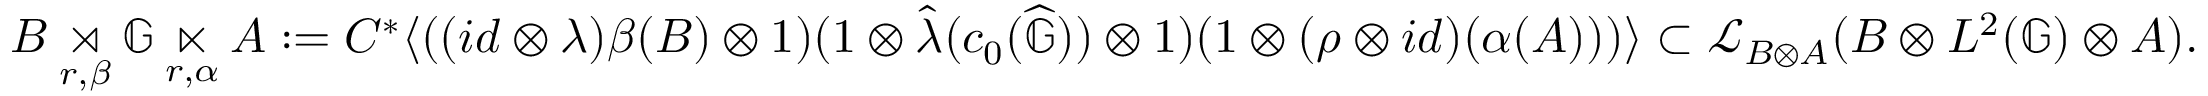
B \underset { r , \beta } { \rtimes } \mathbb { G } \underset { r , \alpha } { \ltimes } A : = C ^ { * } \langle ( ( i d \otimes \lambda ) \beta ( B ) \otimes 1 ) ( 1 \otimes \widehat { \lambda } ( c _ { 0 } ( \widehat { \mathbb { G } } ) ) \otimes 1 ) ( 1 \otimes ( \rho \otimes i d ) ( \alpha ( A ) ) ) \rangle \subset \mathcal { L } _ { B \otimes A } ( B \otimes L ^ { 2 } ( \mathbb { G } ) \otimes A ) .